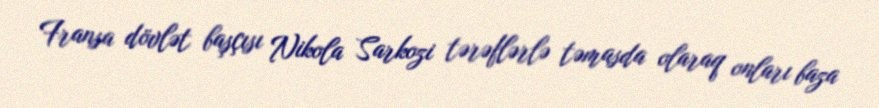
Fransa dövlət başçısı Nikola Sarkozi tərəflərlə təmasda olaraq onları baza